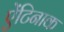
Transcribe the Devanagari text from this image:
ऐंटिनाक